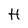
Character: H